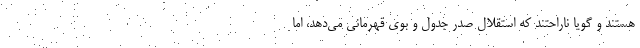
هستند و گویا ناراحتند که استقلال صدر جدول و بوی قهرمانی می‌دهد، اما